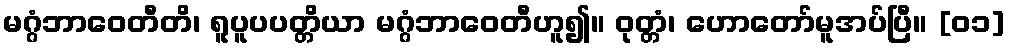
မဂ္ဂံဘာဝေတီတိ၊ ရူပူပပတ္တိယာ မဂ္ဂံဘာဝေတီဟူ၍။ ဝုတ္တံ၊ ဟောတော်မူအပ်ပြီ။ [၀၁]